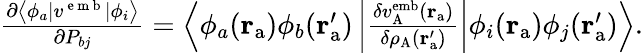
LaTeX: \begin{array}{r}{\frac{\partial\left\langle\phi_{a}|{v}^{\mathrm{~e~m~b~}}|\phi_{i}\right\rangle}{\partial P_{bj}}=\left\langle\phi_{a}(\mathbf{r}_{\mathrm{a}})\phi_{b}(\mathbf{r}_{\mathrm{a}}^{\prime})\left|\frac{\delta v_{\mathrm{A}}^{\mathrm{emb}}(\mathbf{r}_{\mathrm{a}})}{\delta\rho_{\mathrm{A}}(\mathbf{r}_{\mathrm{a}}^{\prime})}\right|\phi_{i}(\mathbf{r}_{\mathrm{a}})\phi_{j}(\mathbf{r}_{\mathrm{a}}^{\prime})\right\rangle.}\end{array}